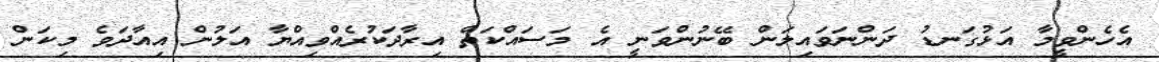
އެހެންވީމާ އަޅުގަނޑު ދަންނަވައިލަން ބޭނުންވަނީ އެ މަސައްކަތް އިރާދަކުރެއްވިއްޔާ އަލުން އިއާދަވެ މިކަން